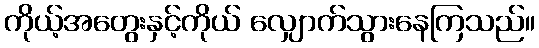
ကိုယ့်အတွေးနှင့်ကိုယ် လျှောက်သွားနေကြသည်။